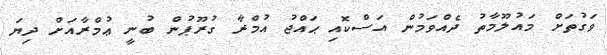
ވަގުތަށް މައުލޫމާތު ދެއްވަމުން އަސްކޮއި ޙައްޖު އުމްރާ ގުރޫޕުން ބުނީ ޢުމްރާއަށް ދިޔަ